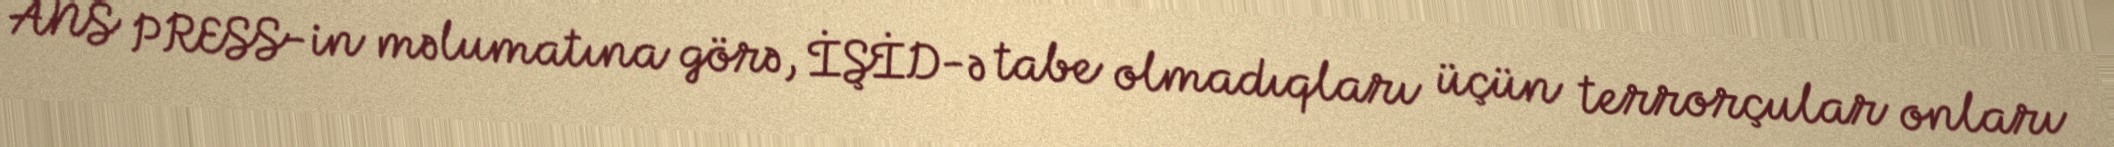
ANS PRESS-in məlumatına görə, İŞİD-ə tabe olmadıqları üçün terrorçular onları